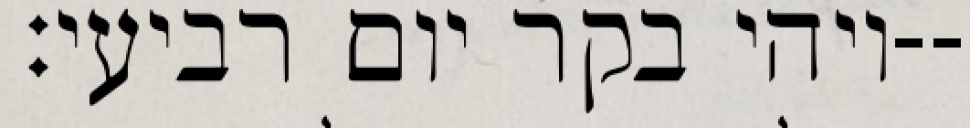
ויהי בקר יום רביעי׃--